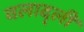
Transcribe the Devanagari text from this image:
वलाद्ली